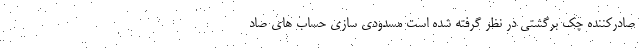
صادرکننده چک برگشتی در نظر گرفته شده است مسدودی سازی حساب های صاد